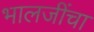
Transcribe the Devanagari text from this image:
भालजींचा